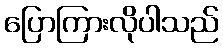
ပြောကြားလိုပါသည်